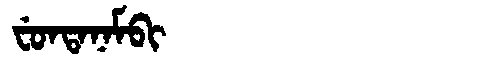
Manchu: ᠸᡠᠨᡨᠠᠨᠠᠮᠪᡳ
Romanization: FUNTANAMBI